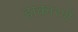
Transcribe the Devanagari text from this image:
हाकारणे